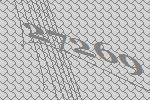
27269